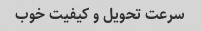
سرعت تحویل و کیفیت خوب